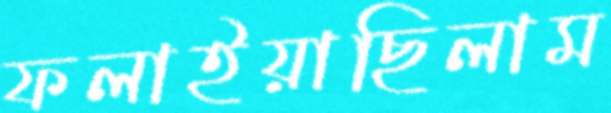
ফলাইয়াছিলাম